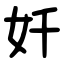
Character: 奷